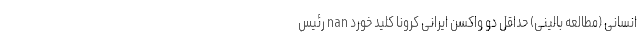
انسانی (مطالعه بالینی) حداقل دو واکسن ایرانی کرونا کلید خورد nan رئیس